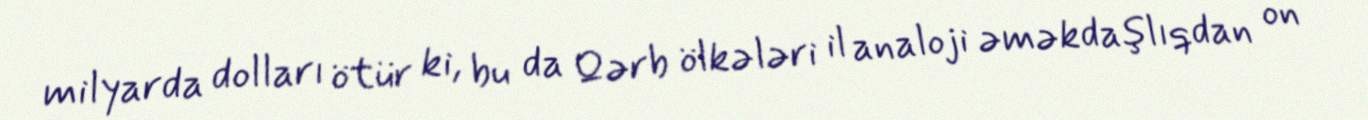
milyarda dolları ötür ki, bu da Qərb ölkələri il analoji əməkdaşlıqdan on